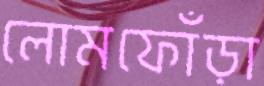
লোমফোঁড়া